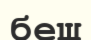
беш